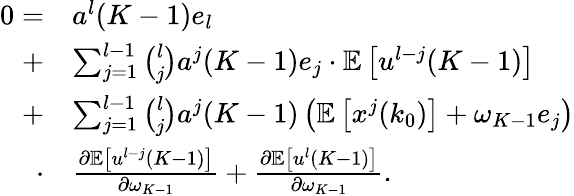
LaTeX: \begin{array}{rl}{0=}&{a^{l}(K-1)e_{l}}\\ {+}&{\sum_{j=1}^{l-1}\binom{l}{j}a^{j}(K-1)e_{j}\cdot\mathbb{E}\left[u^{l-j}(K-1)\right]}\\ {+}&{\sum_{j=1}^{l-1}\binom{l}{j}a^{j}(K-1)\left(\mathbb{E}\left[x^{j}(k_{0})\right]+\omega_{K-1}e_{j}\right)}\\ {\cdot}&{\frac{\partial\mathbb{E}\left[u^{l-j}(K-1)\right]}{\partial\omega_{K-1}}+\frac{\partial\mathbb{E}\left[u^{l}(K-1)\right]}{\partial\omega_{K-1}}.}\end{array}